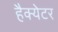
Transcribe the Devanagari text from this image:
हैक्येटर